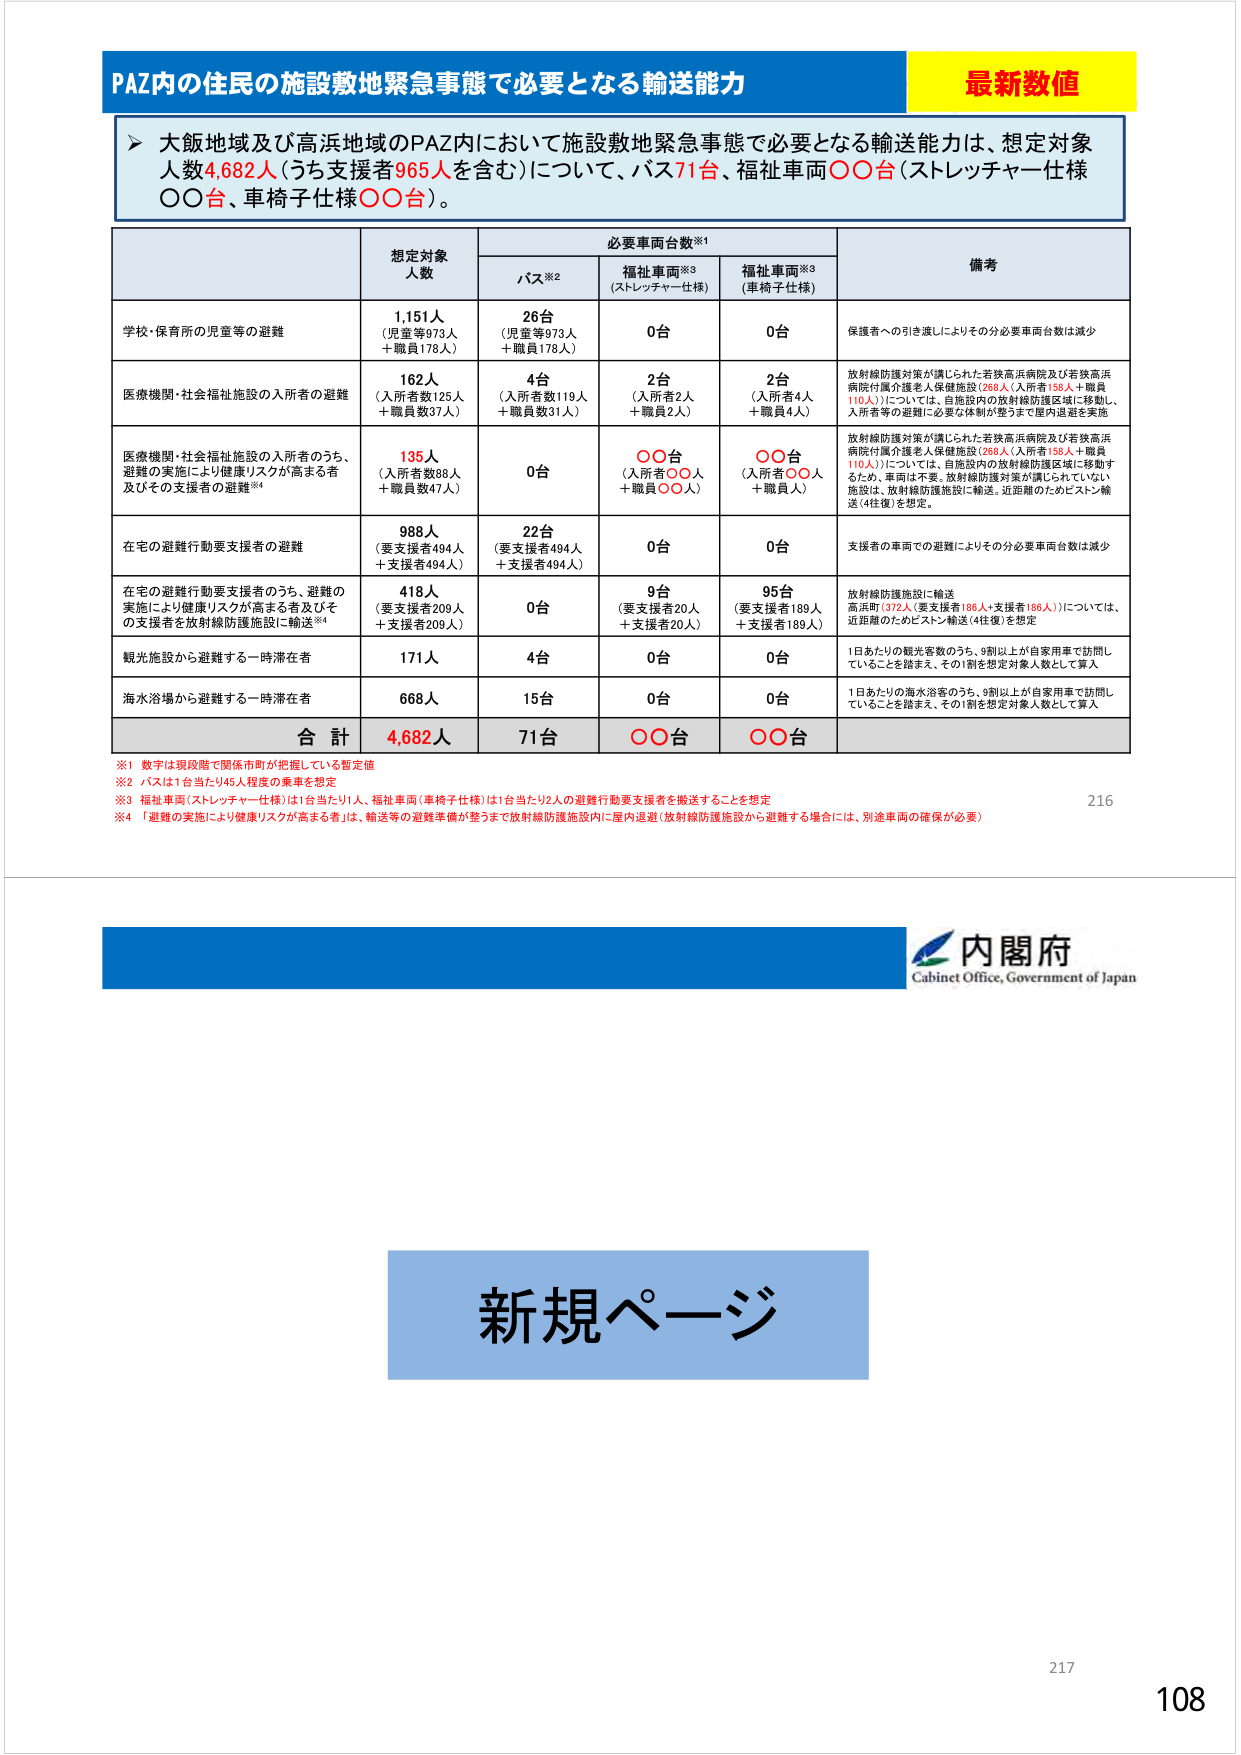
PAZ内の住民の施設敷地緊急事態で必要となる輸送能力

最新数値

▶ 大飯地域及び高浜地域のPAZ内において施設敷地緊急事態で必要となる輸送能力は、想定対象人数4,682人（うち支援者965人を含む）について、バス71台、福祉車両○○台（ストレッチャー仕様○○台、車椅子仕様○○台）。

必要車両台数※1

想定対象人数

バス※2

福祉車両※3（ストレッチャー仕様）

福祉車両※3（車椅子仕様）

備考

学校・保育所の児童等の避難

1,151人（児童等973人＋職員178人）

26台（児童等973人＋職員178人）

0台

0台

保護者への引き渡しによりその分必要車両台数は減少

医療機関・社会福祉施設の入所者の避難

162人（入所者数125人＋職員数37人）

4台（入所者数119人＋職員数31人）

2台（入所者2人＋職員2人）

2台（入所者4人＋職員4人）

放射線防護対策が講じられた若狭高浜病院及び若狭高浜病院付属介護老人保健施設（268人（入所者158人＋職員110人））については、自施設内の放射線防護区域に移動し、入所者等の避難に必要な体制が整うまで屋内退避を実施

医療機関・社会福祉施設の入所者のうち、避難の実施により健康リスクが高まる者及びその支援者の避難※4

135人（入所者数88人＋職員数47人）

0台

○○台（入所者○○人＋職員○○人）

○○台（入所者○○人＋職員○○人）

放射線防護対策が講じられた若狭高浜病院及び若狭高浜病院付属介護老人保健施設（268人（入所者158人＋職員110人））については、自施設内の放射線防護区域に移動するため、車両は不要。放射線防護対策が講じられていない施設は、放射線防護施設に輸送。近距離のためピストン輸送（4往復）を想定。

在宅の避難行動要支援者の避難

988人（要支援者494人＋支援者494人）

22台（要支援者494人＋支援者494人）

0台

0台

支援者の車両での避難によりその分必要車両台数は減少

在宅の避難行動要支援者のうち、避難の実施により健康リスクが高まる者及びその支援者を放射線防護施設に輸送※4

418人（要支援者209人＋支援者209人）

0台

9台（要支援者20人＋支援者20人）

95台（要支援者189人＋支援者189人）

放射線防護施設に輸送高浜町（372人（要支援者186人＋支援者186人））については、近距離のためピストン輸送（4往復）を想定

観光施設から避難する一時滞在者

171人

4台

0台

0台

1日あたりの観光客数のうち、9割以上が自家用車で訪問していることを踏まえ、その1割を想定対象人数として算入

海水浴場から避難する一時滞在者

668人

15台

0台

0台

1日あたりの海水浴客のうち、9割以上が自家用車で訪問していることを踏まえ、その1割を想定対象人数として算入

合計

4,682人

71台

○○台

○○台

※1 数字は現段階で関係市町が把握している暫定値
※2 バスは1台当たり45人程度の乗車を想定
※3 福祉車両（ストレッチャー仕様）は1台当たり1人、福祉車両（車椅子仕様）は1台当たり2人の避難行動要支援者を搬送することを想定
※4 「避難の実施により健康リスクが高まる者」は、輸送等の避難準備が整うまで放射線防護施設内に屋内退避（放射線防護施設から避難する場合には、別途車両の確保が必要）

216

内閣府
Cabinet Office, Government of Japan

新規ページ

217
108